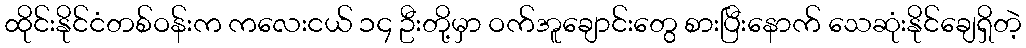
ထိုင်းနိုင်ငံတစ်ဝန်းက ကလေးငယ် ၁၄ ဦးတို့မှာ ဝက်အူချောင်းတွေ စားပြီးနောက် သေဆုံးနိုင်ချေရှိတဲ့